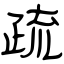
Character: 疏